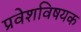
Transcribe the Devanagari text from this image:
प्रवेशविषयक